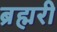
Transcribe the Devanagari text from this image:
ब्रह्मरी